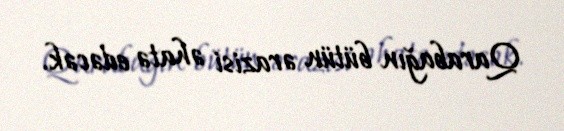
Qarabağın bütün ərazisi əhatə edəcək.